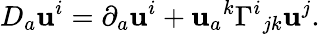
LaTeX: D_{a}\mathbf{u}^{i}=\partial_{a}\mathbf{u}^{i}+\mathbf{u}_{a}{}^{k}\Gamma^{i}{}_{jk}\mathbf{u}^{j}.